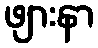
ဖျားနာ